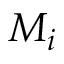
M _ { i }